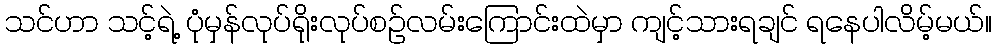
သင်ဟာ သင့်ရဲ့ ပုံမှန်လုပ်ရိုးလုပ်စဉ်လမ်းကြောင်းထဲမှာ ကျင့်သားရချင် ရနေပါလိမ့်မယ်။